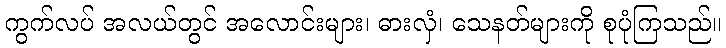
ကွက်လပ် အလယ်တွင် အလောင်းများ၊ ဓားလှံ၊ သေနတ်များကို စုပုံကြသည်။